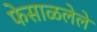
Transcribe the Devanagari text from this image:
फेसाळलेले